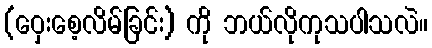
(ဝှေးစေ့လိမ်ခြင်း) ကို ဘယ်လိုကုသပါသလဲ။